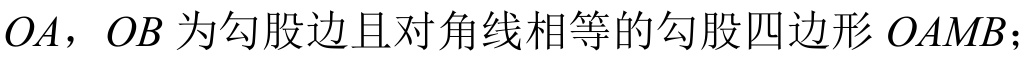
$OA$，$OB$为勾股边且对角线相等的勾股四边形$OAMB$；